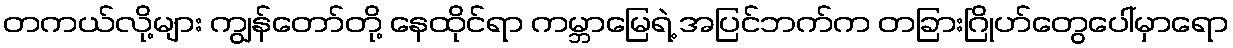
တကယ်လို့များ ကျွန်တော်တို့ နေထိုင်ရာ ကမ္ဘာမြေရဲ့ အပြင်ဘက်က တခြားဂြိုဟ်တွေပေါ်မှာရော